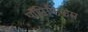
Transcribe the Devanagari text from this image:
पॉँटिफिकम